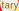
tary